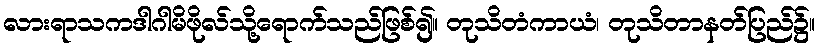
လားရာသကဒါဂါမိဖိုလ်သို့ရောက်သည်ဖြစ်၍။ တုသိတံကာယံ၊ တုသိတာနတ်ပြည်၌။